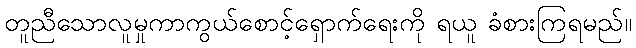
တူညီသောလူမှုကာကွယ်စောင့်ရှောက်ရေးကို ရယူ ခံစားကြရမည်။